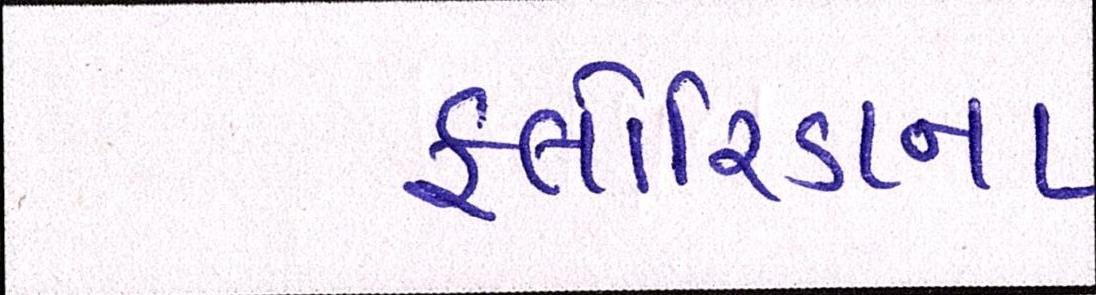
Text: ફ્લોરિડાના